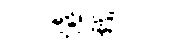
嬉戏